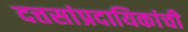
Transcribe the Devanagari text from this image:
दत्तसांप्रदायिकांची